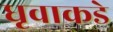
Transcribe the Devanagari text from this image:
धृवाकडे